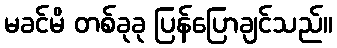
မခင်မိ တစ်ခုခု ပြန်ပြောချင်သည်။